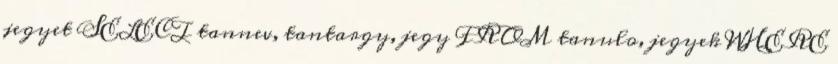
jegyet SELECT tannev, tantargy, jegy FROM tanulo, jegyek WHERE